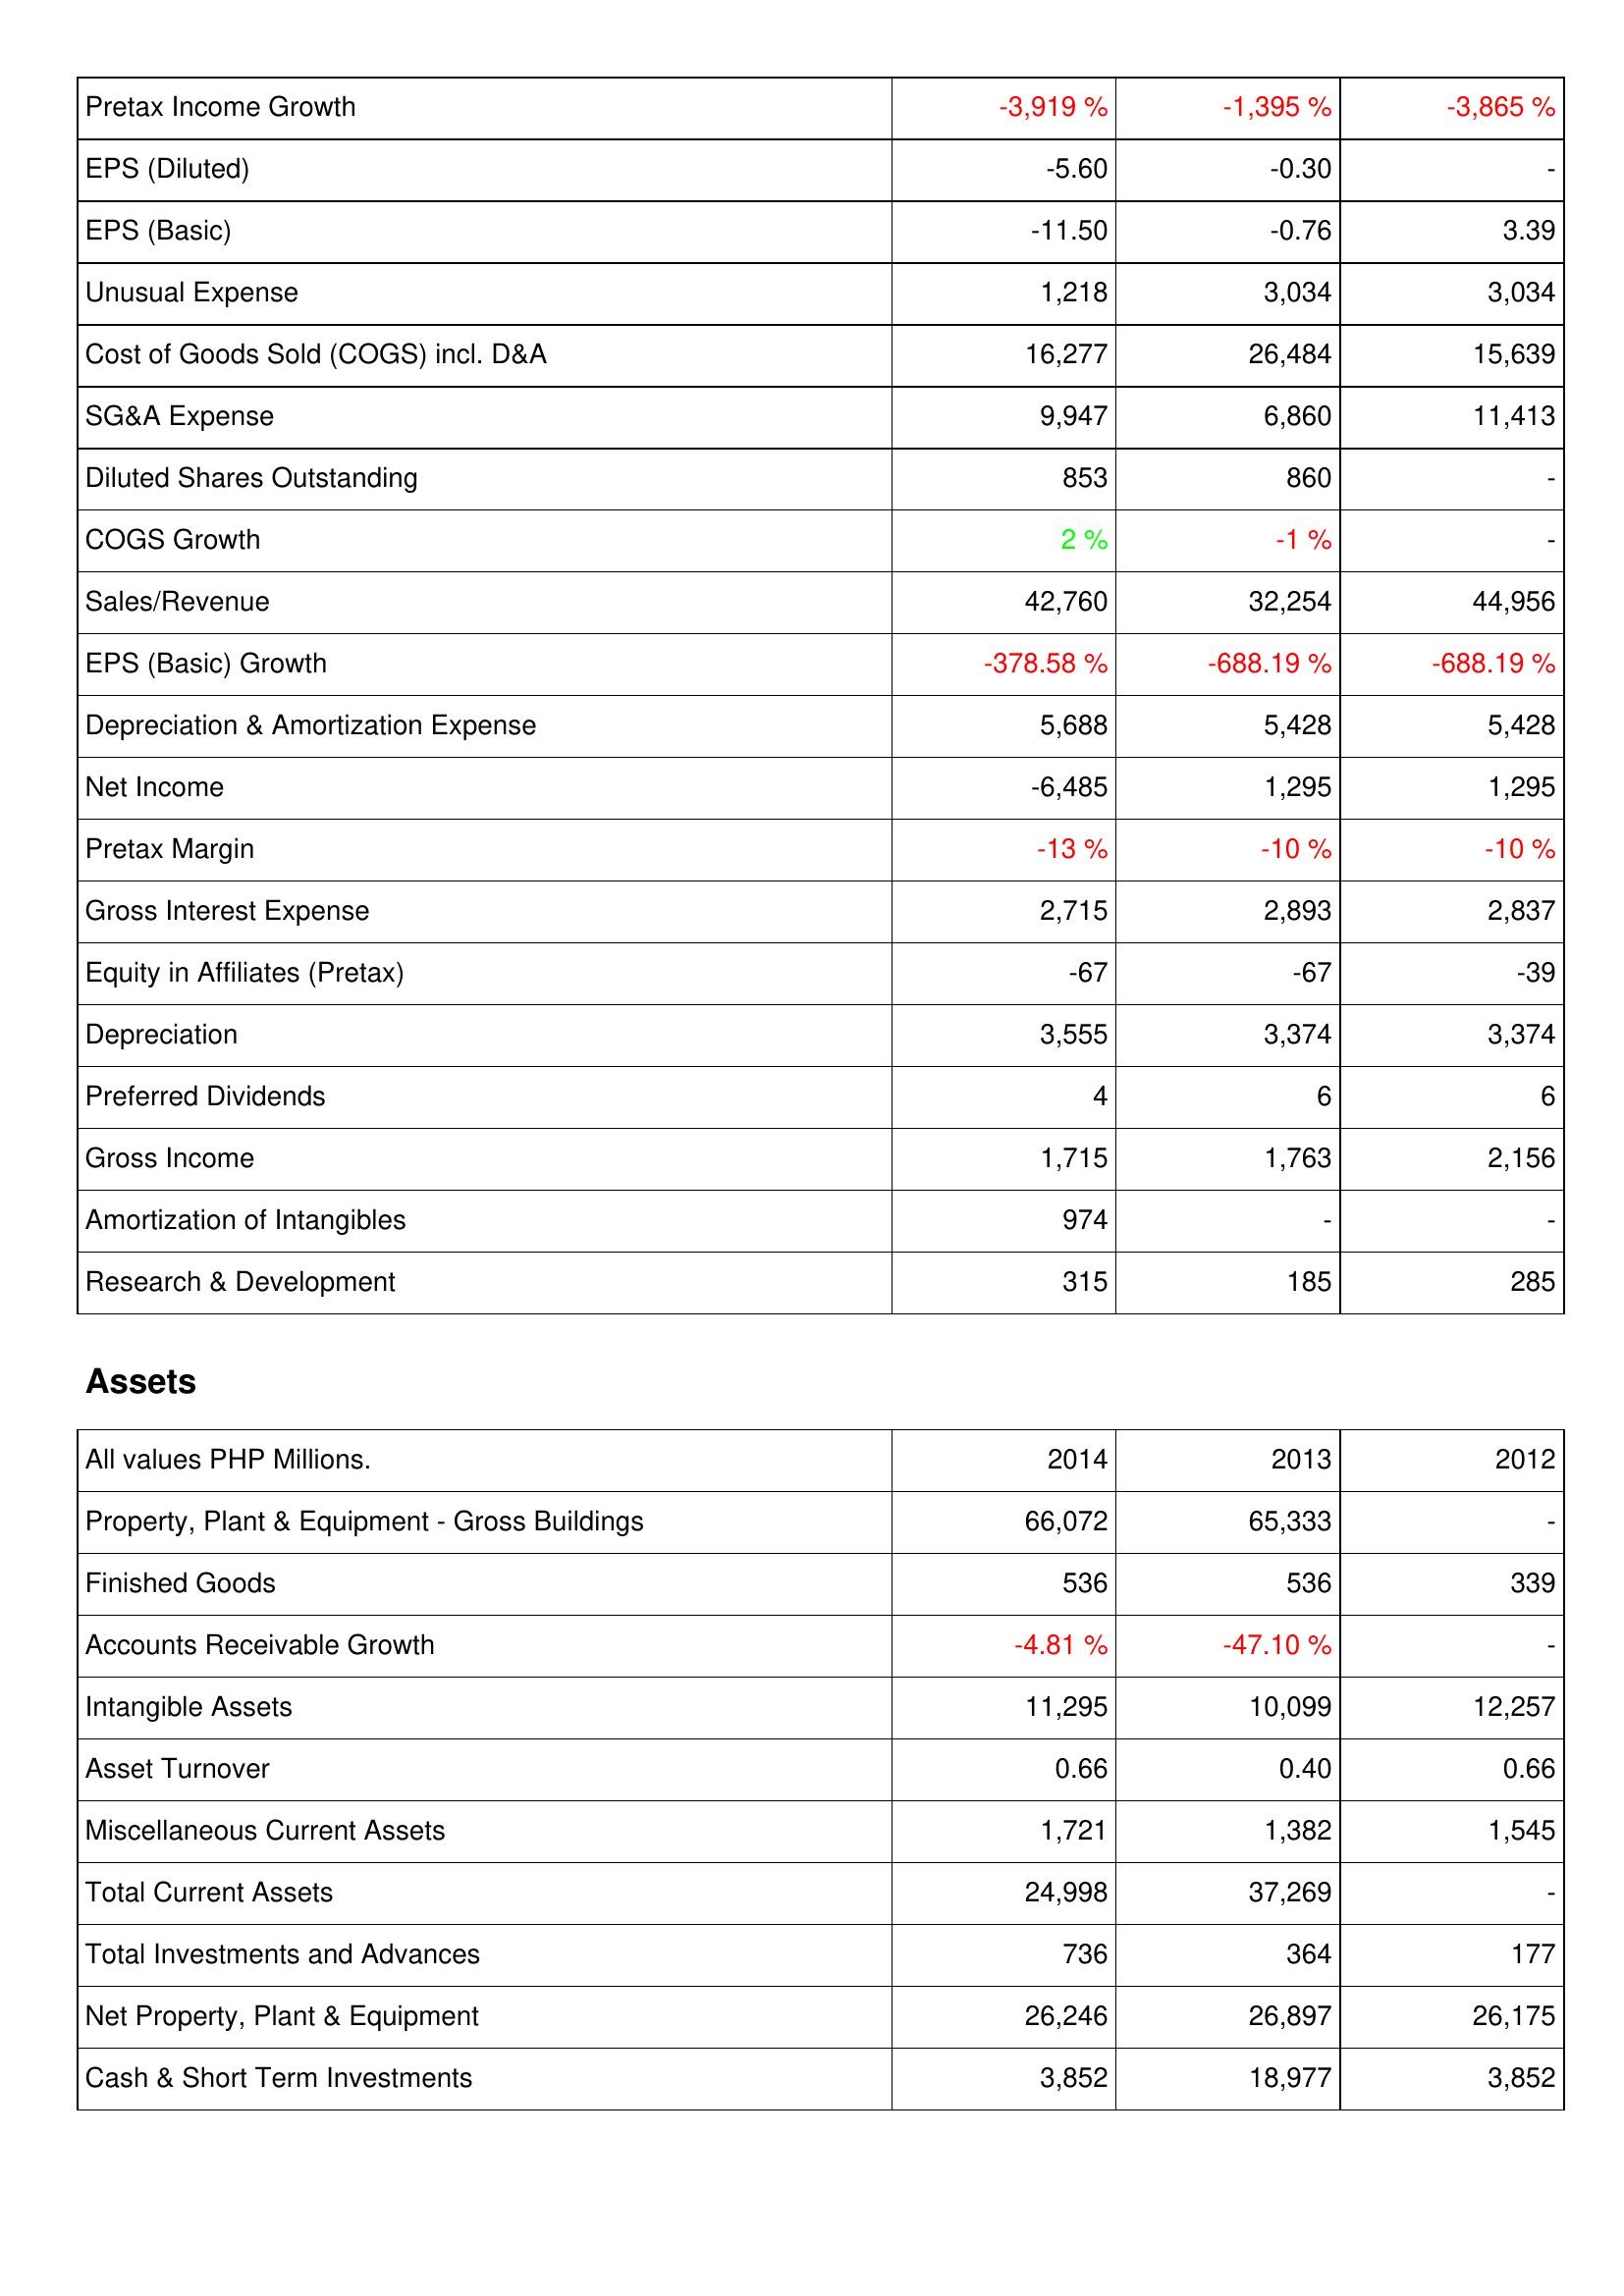
2014: Income Statement: Pretax Income Growth: -3,919 %
EPS (Diluted): -5.60
EPS (Basic): -11.50
Unusual Expense: 1,218
Cost of Goods Sold (COGS) incl. D&A: 16,277
SG&A Expense: 9,947
Diluted Shares Outstanding: 853
COGS Growth: 2 %
Sales/Revenue: 42,760
EPS (Basic) Growth: -378.58 %
Depreciation & Amortization Expense: 5,688
Net Income: -6,485
Pretax Margin: -13 %
Gross Interest Expense: 2,715
Equity in Affiliates (Pretax): -67
Depreciation: 3,555
Preferred Dividends: 4
Gross Income: 1,715
Amortization of Intangibles: 974
Research & Development: 315
Assets: Property, Plant & Equipment - Gross Buildings: 66,072
Finished Goods: 536
Accounts Receivable Growth: -4.81 %
Intangible Assets: 11,295
Asset Turnover: 0.66
Miscellaneous Current Assets: 1,721
Total Current Assets: 24,998
Total Investments and Advances: 736
Net Property, Plant & Equipment: 26,246
Cash & Short Term Investments: 3,852
2013: Income Statement: Pretax Income Growth: -1,395 %
EPS (Diluted): -0.30
EPS (Basic): -0.76
Unusual Expense: 3,034
Cost of Goods Sold (COGS) incl. D&A: 26,484
SG&A Expense: 6,860
Diluted Shares Outstanding: 860
COGS Growth: -1 %
Sales/Revenue: 32,254
EPS (Basic) Growth: -688.19 %
Depreciation & Amortization Expense: 5,428
Net Income: 1,295
Pretax Margin: -10 %
Gross Interest Expense: 2,893
Equity in Affiliates (Pretax): -67
Depreciation: 3,374
Preferred Dividends: 6
Gross Income: 1,763
Amortization of Intangibles: -
Research & Development: 185
Assets: Property, Plant & Equipment - Gross Buildings: 65,333
Finished Goods: 536
Accounts Receivable Growth: -47.10 %
Intangible Assets: 10,099
Asset Turnover: 0.40
Miscellaneous Current Assets: 1,382
Total Current Assets: 37,269
Total Investments and Advances: 364
Net Property, Plant & Equipment: 26,897
Cash & Short Term Investments: 18,977
2012: Income Statement: Pretax Income Growth: -3,865 %
EPS (Diluted): -
EPS (Basic): 3.39
Unusual Expense: 3,034
Cost of Goods Sold (COGS) incl. D&A: 15,639
SG&A Expense: 11,413
Diluted Shares Outstanding: -
COGS Growth: -
Sales/Revenue: 44,956
EPS (Basic) Growth: -688.19 %
Depreciation & Amortization Expense: 5,428
Net Income: 1,295
Pretax Margin: -10 %
Gross Interest Expense: 2,837
Equity in Affiliates (Pretax): -39
Depreciation: 3,374
Preferred Dividends: 6
Gross Income: 2,156
Amortization of Intangibles: -
Research & Development: 285
Assets: Property, Plant & Equipment - Gross Buildings: -
Finished Goods: 339
Accounts Receivable Growth: -
Intangible Assets: 12,257
Asset Turnover: 0.66
Miscellaneous Current Assets: 1,545
Total Current Assets: -
Total Investments and Advances: 177
Net Property, Plant & Equipment: 26,175
Cash & Short Term Investments: 3,852